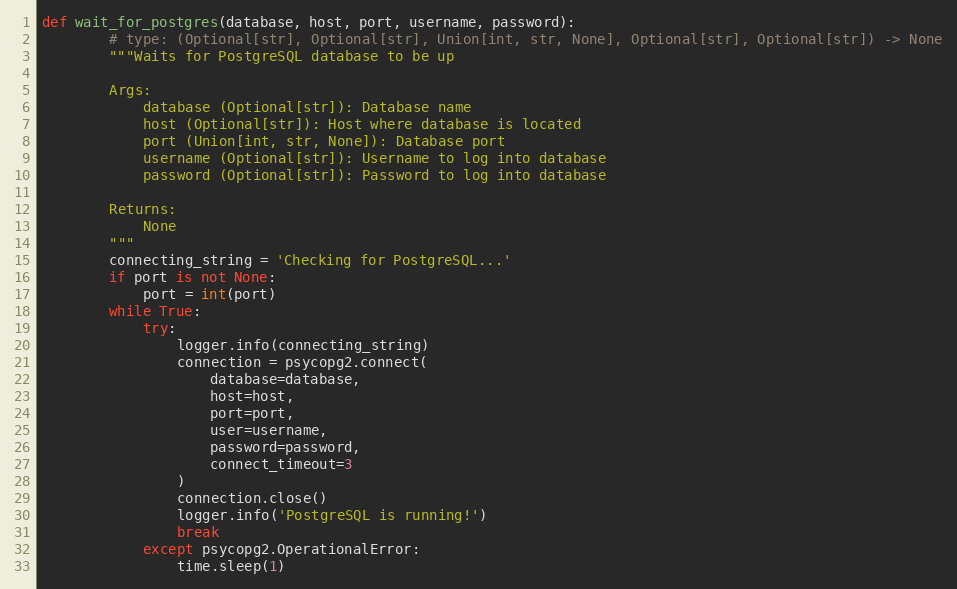
Language: Python
def wait_for_postgres(database, host, port, username, password):
        # type: (Optional[str], Optional[str], Union[int, str, None], Optional[str], Optional[str]) -> None
        """Waits for PostgreSQL database to be up

        Args:
            database (Optional[str]): Database name
            host (Optional[str]): Host where database is located
            port (Union[int, str, None]): Database port
            username (Optional[str]): Username to log into database
            password (Optional[str]): Password to log into database

        Returns:
            None
        """
        connecting_string = 'Checking for PostgreSQL...'
        if port is not None:
            port = int(port)
        while True:
            try:
                logger.info(connecting_string)
                connection = psycopg2.connect(
                    database=database,
                    host=host,
                    port=port,
                    user=username,
                    password=password,
                    connect_timeout=3
                )
                connection.close()
                logger.info('PostgreSQL is running!')
                break
            except psycopg2.OperationalError:
                time.sleep(1)